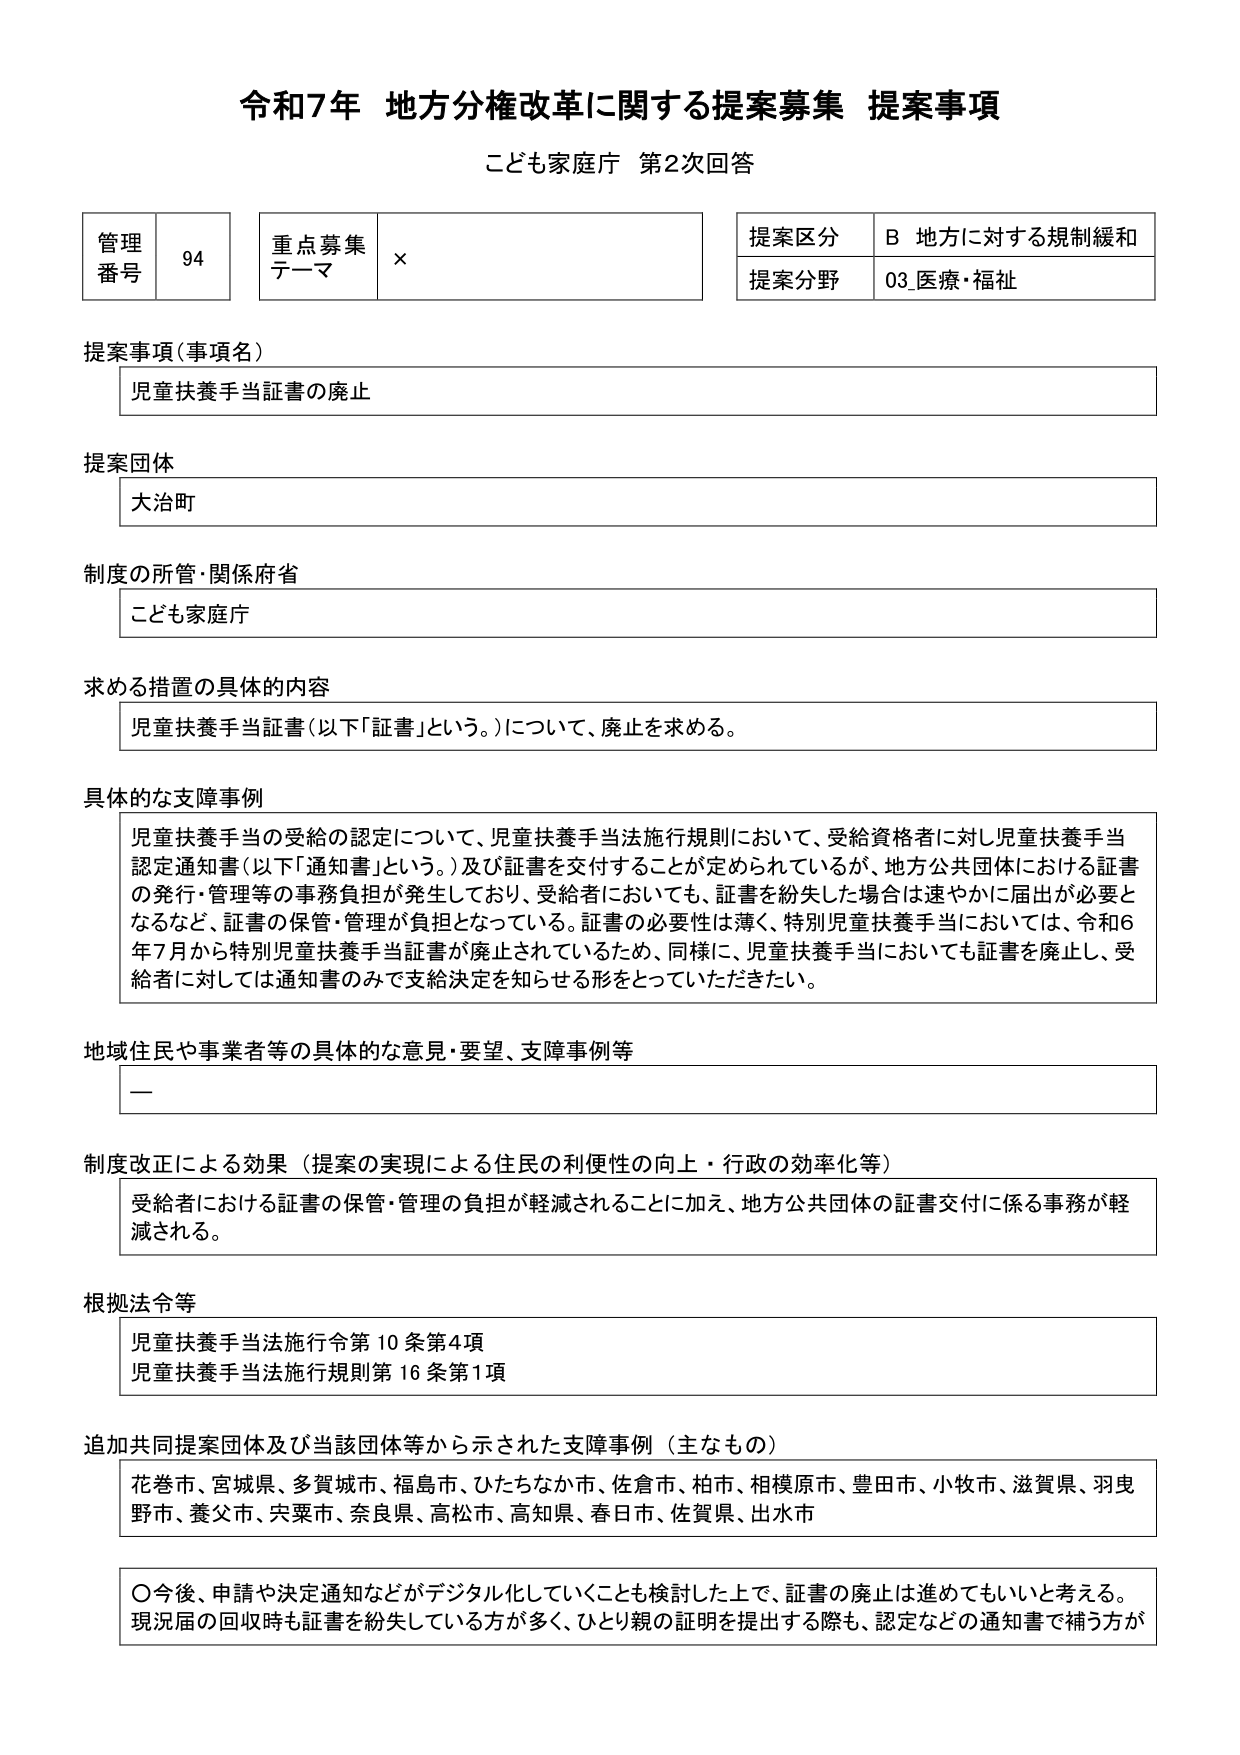
令和7年 地方分権改革に関する提案募集 提案事項
こども家庭庁 第2次回答

管理番号 94
重点募集テーマ ×
提案区分 B 地方に対する規制緩和
提案分野 03_医療・福祉

提案事項（事項名）
児童扶養手当証書の廃止

提案団体
大治町

制度の所管・関係府省
こども家庭庁

求める措置の具体的な内容
児童扶養手当証書（以下「証書」という。）について、廃止を求める。

具体的な支障事例
児童扶養手当の受給の認定について、児童扶養手当法施行規則において、受給資格者に対し児童扶養手当認定通知書（以下「通知書」という。）及び証書を交付することが定められているが、地方公共団体における証書の発行・管理等の事務負担が発生しており、受給者においても、証書を紛失した場合は速やかに届出が必要となるなど、証書の保管・管理が負担となっている。証書の必要性は薄く、特別児童扶養手当においては、令和6年7月から特別児童扶養手当証書が廃止されているため、同様に、児童扶養手当においても証書を廃止し、受給者に対しては通知書のみで支給決定を知らせる形をとっていただきたい。

地域住民や事業者等の具体的な意見・要望、支障事例等
ー

制度改正による効果（提案の実現による住民の利便性の向上・行政の効率化等）
受給者における証書の保管・管理の負担が軽減されることに加え、地方公共団体の証書交付に係る事務が軽減される。

根拠法令等
児童扶養手当法施行令第10条第4項
児童扶養手当法施行規則第16条第1項

追加共同提案団体及び当該団体等から示された支障事例（主なもの）
花巻市、宮城県、多賀城市、福島市、ひたちなか市、佐倉市、柏市、相模原市、豊田市、小牧市、滋賀県、羽曳野市、養父市、宍粟市、奈良県、高松市、高知県、春日市、佐賀県、出水市

〇今後、申請や決定通知などがデジタル化していくことも検討した上で、証書の廃止は進めてもいいと考える。現況届の回収時も証書を紛失している方が多く、ひとり親の証明を提出する際も、認定などの通知書で補う方が